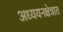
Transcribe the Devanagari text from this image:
अध्ययनक्षेत्रात